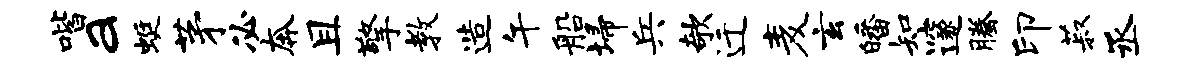
喈a蜓茅必奔且擎教造午船埽兵欹迁麦玄皤知邃腾印菽丞